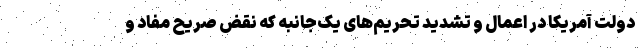
دولت آمریکا در اعمال و تشدید تحریم‌های یک‌جانبه که نقض صریح مفاد و